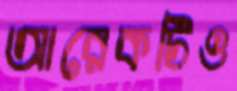
আরেকটিও